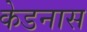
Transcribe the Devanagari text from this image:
केडनास